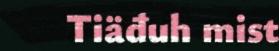
Tiäđuh mist